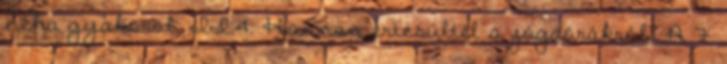
néha gyakorol. II.4. Honnan értesültél a jógaórákról? A 7.